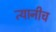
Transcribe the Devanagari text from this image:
त्यानीच